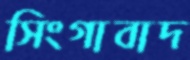
সিংগাবাদ